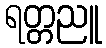
ရတ္တညူ